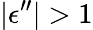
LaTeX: \vert\epsilon^{\prime\prime}\rvert>1